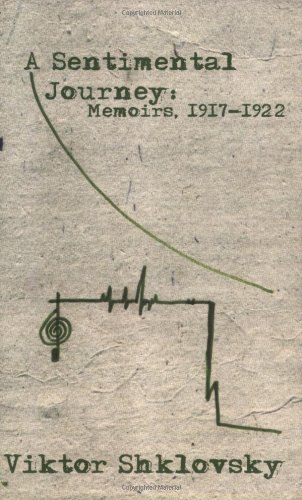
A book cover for A Sentimental Journey: Sentimental Journey: Memoirs 1917-1922 (Russian Literature Series); Viktor Shklovsky; Literature & Fiction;